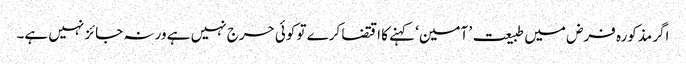
اگر مذکورہ فرض میں طبیعت ’ آمین‘ کہنے کا اقتضا کرے تو کوئی حرج نہیں ہے ورنہ جائز نہیں ہے۔